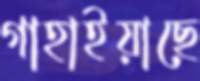
গাহাইয়াছে